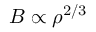
B \propto \rho ^ { 2 / 3 }